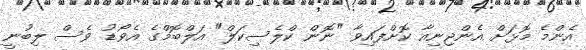
އެންމެ މޮޅަށް އެންޖިނިއާ ކޮށްފައިވާ "ނޮން ކްލެސިކަލް" އަލްބޮމްގެ އެވޯޑު ވެސް ލިބުނީ